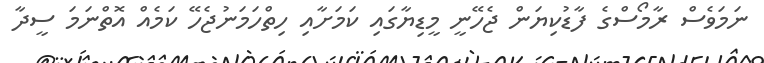
ނަމަވެސް ރާމޯސްގެ ފާޑުކިޔަން ޖެހޭނީ މީޑިޔާގައި ކަމަށާއި ހިތްހަމަނުޖެހޭ ކަމެއް އޮތްނަމަ ސީދާ